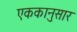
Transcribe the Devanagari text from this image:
एककानुसार